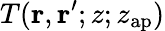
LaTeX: T(\mathbf{r},\mathbf{r}^{\prime};z;z_{\mathrm{ap}})